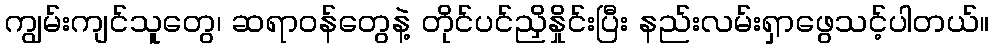
ကျွမ်းကျင်သူတွေ၊ ဆရာဝန်တွေနဲ့ တိုင်ပင်ညှိနှိုင်းပြီး နည်းလမ်းရှာဖွေသင့်ပါတယ်။